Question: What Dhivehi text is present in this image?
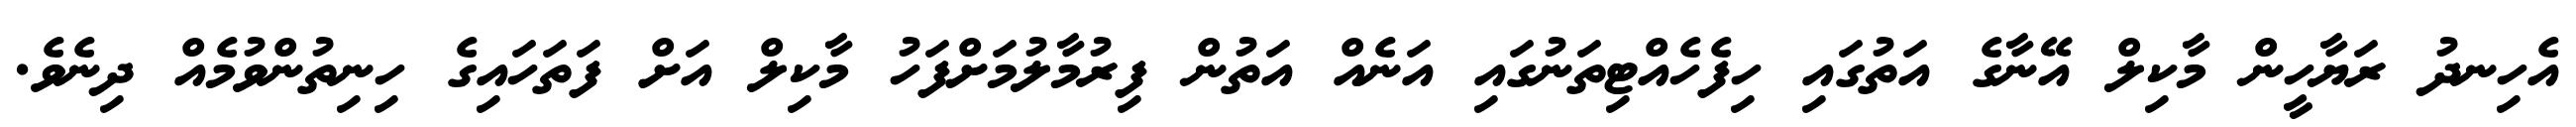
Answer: އެހިނދު ރަޔާހީން މާކިލް އޭނާގެ އަތުގައި ހިފެހެއްޓިތަނުގައި އަނެއް އަތުން ފިރުމާލުމަށްފަހު މާކިލް އަށް ފަތަހައިގެ ހިނިތުންވުމެއް ދިނެވެ.